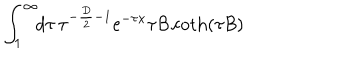
LaTeX: \int _ { 1 } ^ { \infty } \! \! d \tau \, \tau ^ { - { \frac { D } { 2 } } - 1 } { \mathrm e } ^ { - \tau x } \tau { { \cal B } } \coth ( \tau { { \cal B } } )